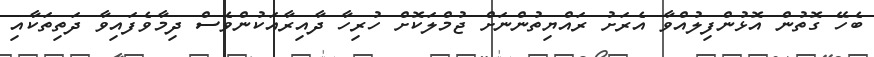
ބެހޭ ގޮތުން އޮޅުންފިލުއްވާ އެރަށު ރައްޔިތުންނަށް ޖުމްލަކޮށް ހުރިހާ ދާއިރާއަކުންވެސް ދިމާވެފައިވާ ދަތިތަކާއި